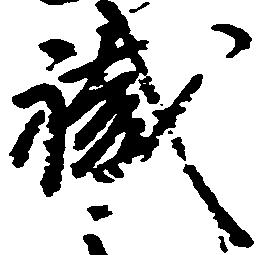
職